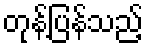
တုန့်ပြန်သည့်